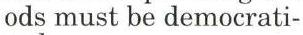
ods must be democrati-